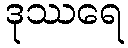
ဒုဿရေ